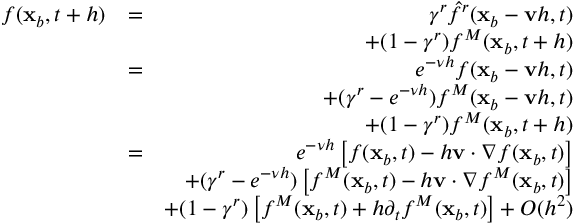
\begin{array} { r l r } { f ( \mathbf x _ { b } , t + h ) } & { = } & { \gamma ^ { r } \hat { f } ^ { r } ( \mathbf x _ { b } - \mathbf v h , t ) } \\ & { } & { + ( 1 - \gamma ^ { r } ) f ^ { M } ( \mathbf x _ { b } , t + h ) } \\ & { = } & { e ^ { - \nu h } f ( \mathbf x _ { b } - \mathbf v h , t ) } \\ & { } & { + ( \gamma ^ { r } - e ^ { - \nu h } ) f ^ { M } ( \mathbf x _ { b } - \mathbf v h , t ) } \\ & { } & { + ( 1 - \gamma ^ { r } ) f ^ { M } ( \mathbf x _ { b } , t + h ) } \\ & { = } & { e ^ { - \nu h } \left[ f ( \mathbf x _ { b } , t ) - h \mathbf v \cdot \nabla f ( \mathbf x _ { b } , t ) \right] } \\ & { } & { + ( \gamma ^ { r } - e ^ { - \nu h } ) \left[ f ^ { M } ( \mathbf x _ { b } , t ) - h \mathbf v \cdot \nabla f ^ { M } ( \mathbf x _ { b } , t ) \right] } \\ & { } & { + ( 1 - \gamma ^ { r } ) \left[ f ^ { M } ( \mathbf x _ { b } , t ) + h \partial _ { t } f ^ { M } ( \mathbf x _ { b } , t ) \right] + O ( h ^ { 2 } ) } \end{array}